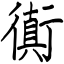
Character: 衠